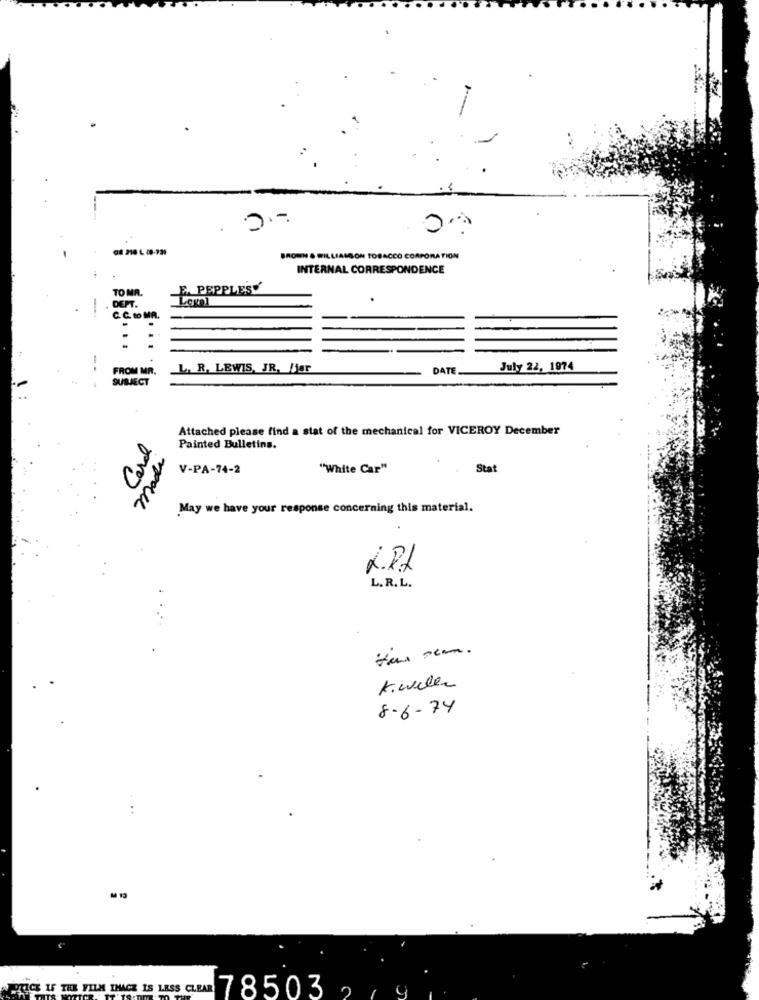
BROWN & WILLIAMSON TOBACCO CORPORATION
INTERNAL CORRESPONDENCE
TO MA.
E. PEPPLES
DEPT.
C. C. to MA.
-.
FROM MR.
L. R. LEWIS, JR. Hjar
DATE
July 22, 1974
SUBJECT
Attached please find a stat of the mechanical for VICEROY December
Card
Painted Bulletins.
Made
V-PA-74-2
"White Car"
Stat
May we have your response concerning this material.
L.P ..
L. R. L.
Kiwiler
8-6-74
..
WICE IF THE FILM IHACE IS LESS CLEAR7 8503.
4